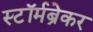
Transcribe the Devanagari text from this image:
स्टॉर्मब्रेकर